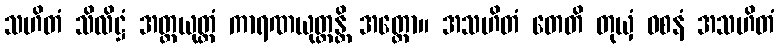
သဟိတံ သိလိဋ္ဌံ အတ္ထယုတ္တံ ကာရဏယုတ္တန္တိ အတ္ထော။ အသဟိတံ တေတိ တုယှံ ဝစနံ အသဟိတံ